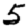
Digit: 5